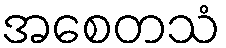
အစေတသံ